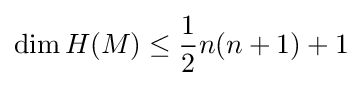
\dim H(M)\leq {\frac {1}{2}}n(n+1)+1